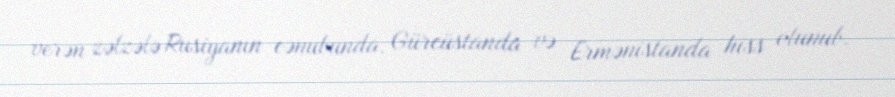
verən zəlzələ Rusiyanın cənubunda, Gürcüstanda və Ermənistanda hiss olunub.